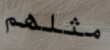
مثلهم